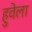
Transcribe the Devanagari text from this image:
हुवेला